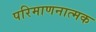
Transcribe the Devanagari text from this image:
परिमाणनात्मक